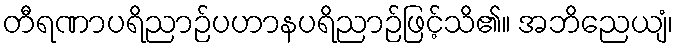
တီရဏာပရိညာဉ်ပဟာနပရိညာဉ်ဖြင့်သိ၏။ အဘိညေယျံ၊